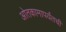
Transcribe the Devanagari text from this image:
ओतकामापर्यंतची